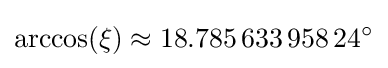
\arccos(\xi )\approx 18.785\,633\,958\,24^{\circ }